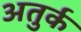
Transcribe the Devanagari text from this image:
अतुर्क